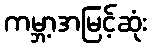
ကမ္ဘာ့အမြင့်ဆုံး